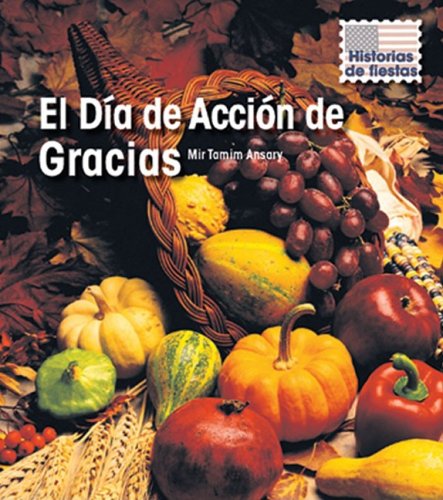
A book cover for El DÃ­a de AcciÃ³n de Gracias (Historias de Fiestas (Holiday Histories)) (Spanish Edition); Mir Tamim Ansary; Politics & Social Sciences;